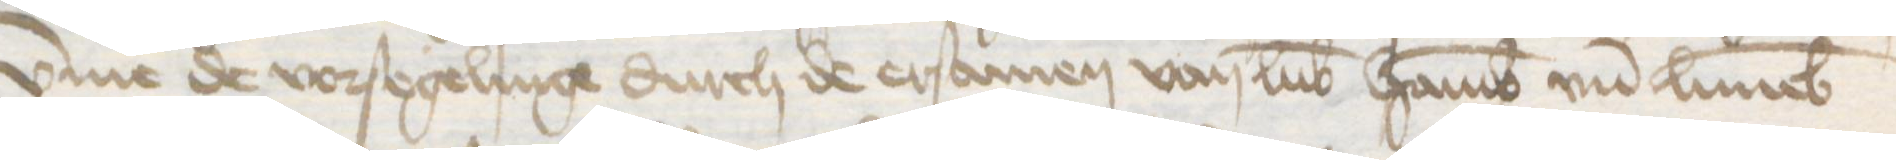
vmme de vorsegelinge durch de ersamen van Lubek Hamburg vnd Luneborch